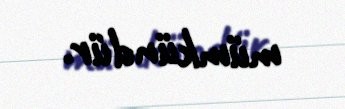
mümkündür.